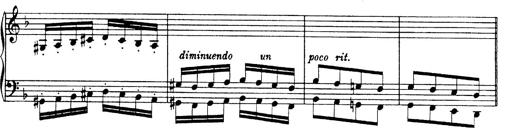
Title: Hungarian Rhapsody No.19
Composer: Franz Liszt
Key: D minor